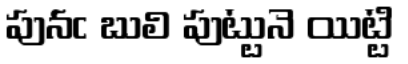
పునఁ బులి పుట్టునె యిట్టి